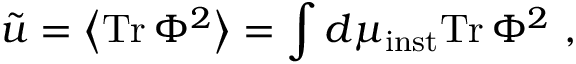
\tilde { u } = \left< \mathrm { T r } \, \Phi ^ { 2 } \right> = \int d \mu _ { \mathrm { i n s t } } \mathrm { T r } \, \Phi ^ { 2 } \ ,